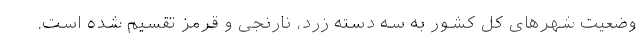
وضعیت شهرهای کل کشور به سه دسته زرد، نارنجی و قرمز تقسیم شده است.